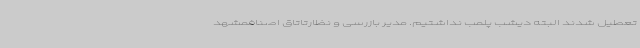
تعطیل شدند البته دیشب پلمب نداشتیم. مدیر بازرسی و نظارتاتاق اصنافمشهد